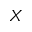
X